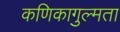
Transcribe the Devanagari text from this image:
कणिकागुल्मता